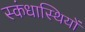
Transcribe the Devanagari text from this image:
स्कंधास्थियों